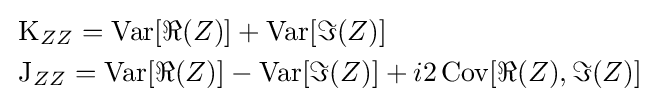
{\begin{aligned}&\operatorname {K} _{ZZ}=\operatorname {Var} [\Re {(Z)}]+\operatorname {Var} [\Im {(Z)}]\\&\operatorname {J} _{ZZ}=\operatorname {Var} [\Re {(Z)}]-\operatorname {Var} [\Im {(Z)}]+i2\operatorname {Cov} [\Re {(Z)},\Im {(Z)}]\end{aligned}}